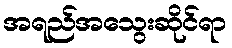
အရည်အသွေးဆိုင်ရာ